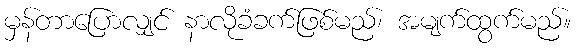
မှန်တာပြောလျှင် နာလိုခံခက်ဖြစ်မည်၊ အမျက်ထွက်မည်။